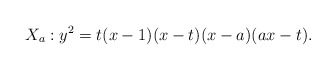
\begin{align*}X_a:y^2=t(x-1)(x-t)(x-a)(ax-t).\end{align*}